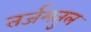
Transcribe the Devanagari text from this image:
तर्जमतुल